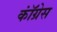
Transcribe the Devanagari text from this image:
काॅंग्रेस